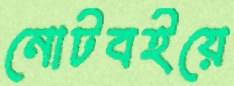
নোটবইয়ে